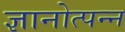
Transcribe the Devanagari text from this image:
ज्ञानोत्पन्न